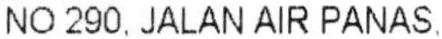
NO 290, JALAN AIR PANAS,